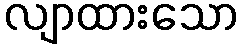
လျာထားသော